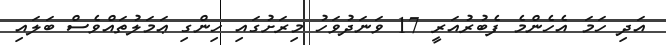
އަދި ހަމަ އެހެންމެ ފެބުރުއަރީ 17 ވަނަދުވަހު މިރަށުގައި ހިންގި ޢަމަލުތައްވެސް ބަލައި